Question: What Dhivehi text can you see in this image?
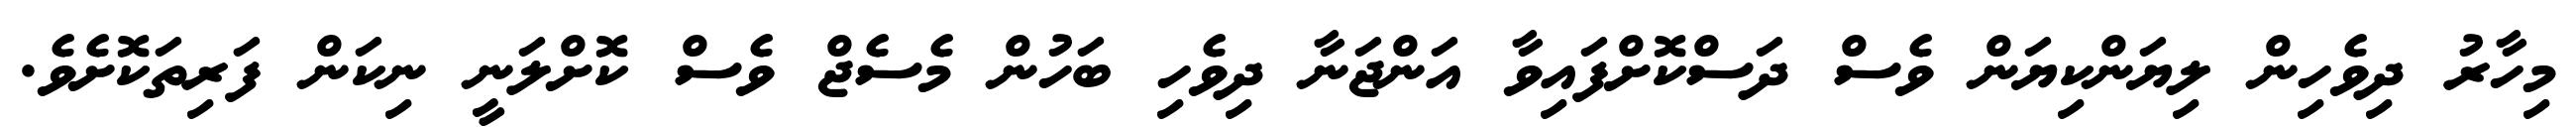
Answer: މިހާރު ދިވެހިން ލިޔަންކިޔަން ވެސް ދަސްކޮށްފައިވާ އަންޖަނާ ދިވެހި ބަހުން މެސެޖް ވެސް ކޮށްލަނީ ނިކަން ފަރިތަކޮށެވެ.